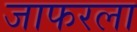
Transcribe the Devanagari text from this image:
जाफरला